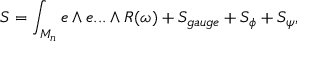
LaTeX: S = \int _ { M _ { n } } e \wedge e . . . \wedge R ( \omega ) + S _ { g a u g e } + S _ { \phi } + S _ { \psi } ,